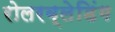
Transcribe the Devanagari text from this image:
रोलरब्लेडिंग